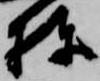
棟